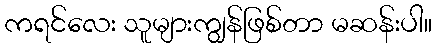
ကရင်လေး သူများကျွန်ဖြစ်တာ မဆန်းပါ။